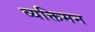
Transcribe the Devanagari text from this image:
व्यक्तिमन